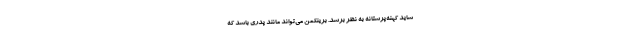
شاید کهنه‌پرستانه به نظر برسد. برینکمن می‌تواند مانند پدری باشد که